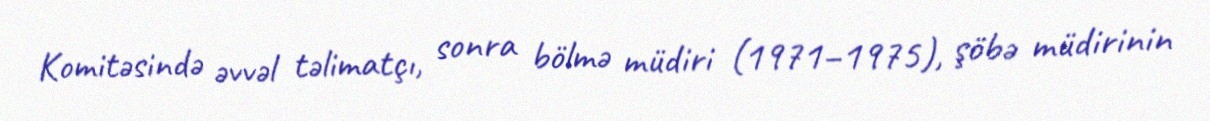
Komitəsində əvvəl təlimatçı, sonra bölmə müdiri (1971–1975), şöbə müdirinin